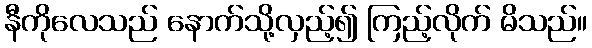
နီကိုလေသည် နောက်သို့လှည့်၍ ကြည့်လိုက် မိသည်။